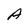
Character: A